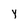
Character: Y